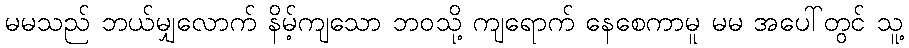
မမသည် ဘယ်မျှလောက် နိမ့်ကျသော ဘဝသို့ ကျရောက် နေစေကာမူ မမ အပေါ်တွင် သူ့